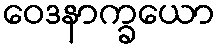
ဝေဒနာက္ခယော